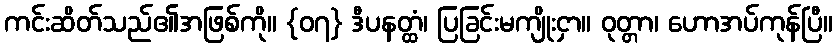
ကင်းဆိတ်သည်၏အဖြစ်ကို။ {၀၇} ဒီပနတ္ထံ၊ ပြခြင်းမကျိုးငှာ။ ဝုတ္တာ၊ ဟောအပ်ကုန်ပြီ။